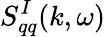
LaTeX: S_{qq}^{I}(k,\omega)